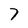
Character: 7